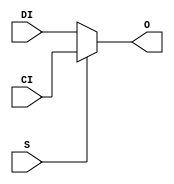
module XOR2(output O, input I0, input I1);
  assign O = I0 ^ I1;
endmodule